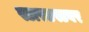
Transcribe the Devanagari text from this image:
स्टारडस्टवर